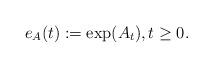
LaTeX: \begin{align*} e_A(t):=\exp (A_t), t \ge 0. \end{align*}